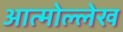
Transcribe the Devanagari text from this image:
आत्मोल्लेख